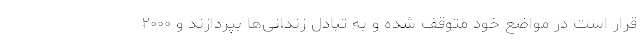
قرار است در مواضع خود متوقف شده و به تبادل زندانی‌ها بپردازند و ۲۰۰۰